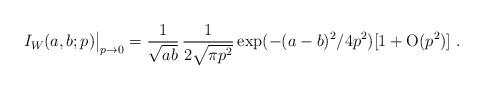
LaTeX: \begin{align*}I_W (a,b; p) \big|_{p \rightarrow 0} =\frac{1}{\sqrt{ab}} \,\frac{1}{2\sqrt{\pi p^2}} \exp(-(a-b)^2/4p^2) [1 + \mathrm{O}(p^2)]\;.\end{align*}